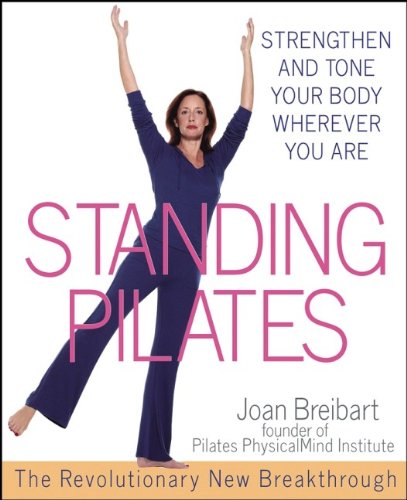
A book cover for Standing Pilates: Strengthen and Tone Your Body Wherever You Are; Joan Breibart; Health, Fitness & Dieting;